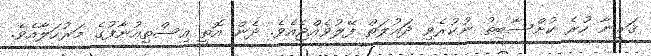
ޤަރީނާ ހުރެ ކުށްސާބިތު ނުކުރެވި ދައުލަތް ފޭލުވެއްޖެއެވެ. ދެން އޮތީ އިސްތިއުނާފުގެ މަރުހަލާއެވެ.